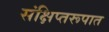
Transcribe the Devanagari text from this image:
संक्षिप्तरूपात